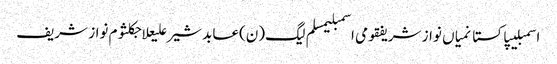
اسمبلیپاکستانمیاں نواز شریفقومی اسمبلیمسلم لیگ (ن)عابد شیر علیعلاجکلثوم نواز شریف